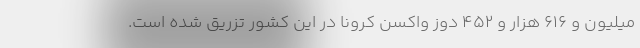
میلیون و 616 هزار و 452 دوز واکسن کرونا در این کشور تزریق شده است.